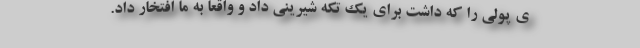
ی پولی را که داشت برای یک تکه شیرینی داد و واقعاً به ما افتخار داد.